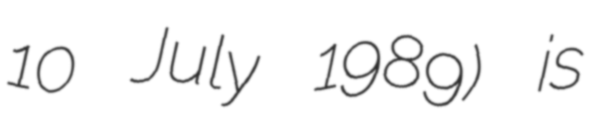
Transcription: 10 July 1989) is